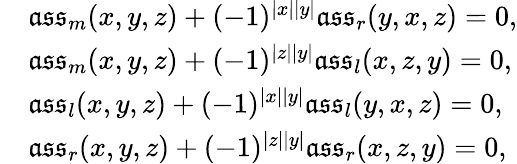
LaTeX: \begin{array}{rl}&{\mathfrak{ass}_{m}(x,y,z)+(-1)^{|x||y|}\mathfrak{ass}_{r}(y,x,z)=0,}\\ &{\mathfrak{ass}_{m}(x,y,z)+(-1)^{|z||y|}\mathfrak{ass}_{l}(x,z,y)=0,}\\ &{\mathfrak{ass}_{l}(x,y,z)+(-1)^{|x||y|}\mathfrak{ass}_{l}(y,x,z)=0,}\\ &{\mathfrak{ass}_{r}(x,y,z)+(-1)^{|z||y|}\mathfrak{ass}_{r}(x,z,y)=0,}\end{array}